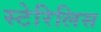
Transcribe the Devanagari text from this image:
स्टेरिलिस